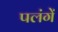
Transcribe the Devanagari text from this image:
पलंगें